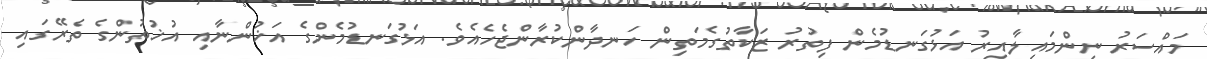
މައްސަރު ނިންމައިލާއިރު އަޅުގަނޑުމެން ފިތުރު ޒަކާތުގެމަތިން ހަނދާންކުރާންޖެހެއެވެ. އަޅުގަނޑުމެންގެ އަޚުންނާއި އުޚުތުންގެ ތެރޭގައި